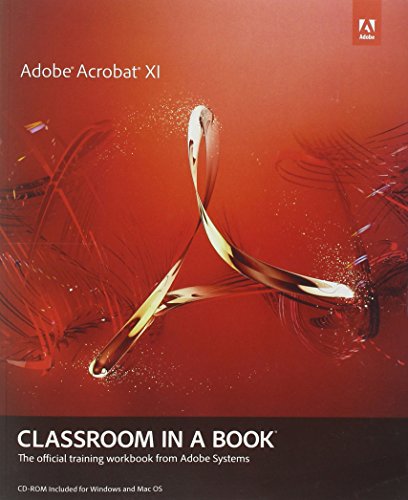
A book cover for Adobe Acrobat XI Classroom in a Book; Adobe Creative Team; Computers & Technology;